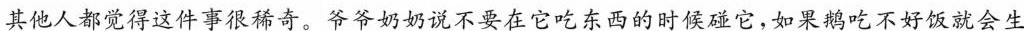
其他人都觉得这件事很稀奇。爷爷奶奶说不要在它吃东西的时候碰它，如果鹅吃不好饭就会生